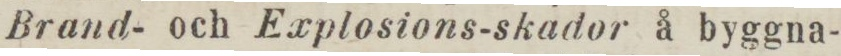
Brand- och Explosions-skador å byggna-